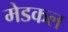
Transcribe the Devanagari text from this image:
मेडकल